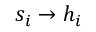
s _ { i } \to h _ { i }